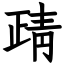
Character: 靕